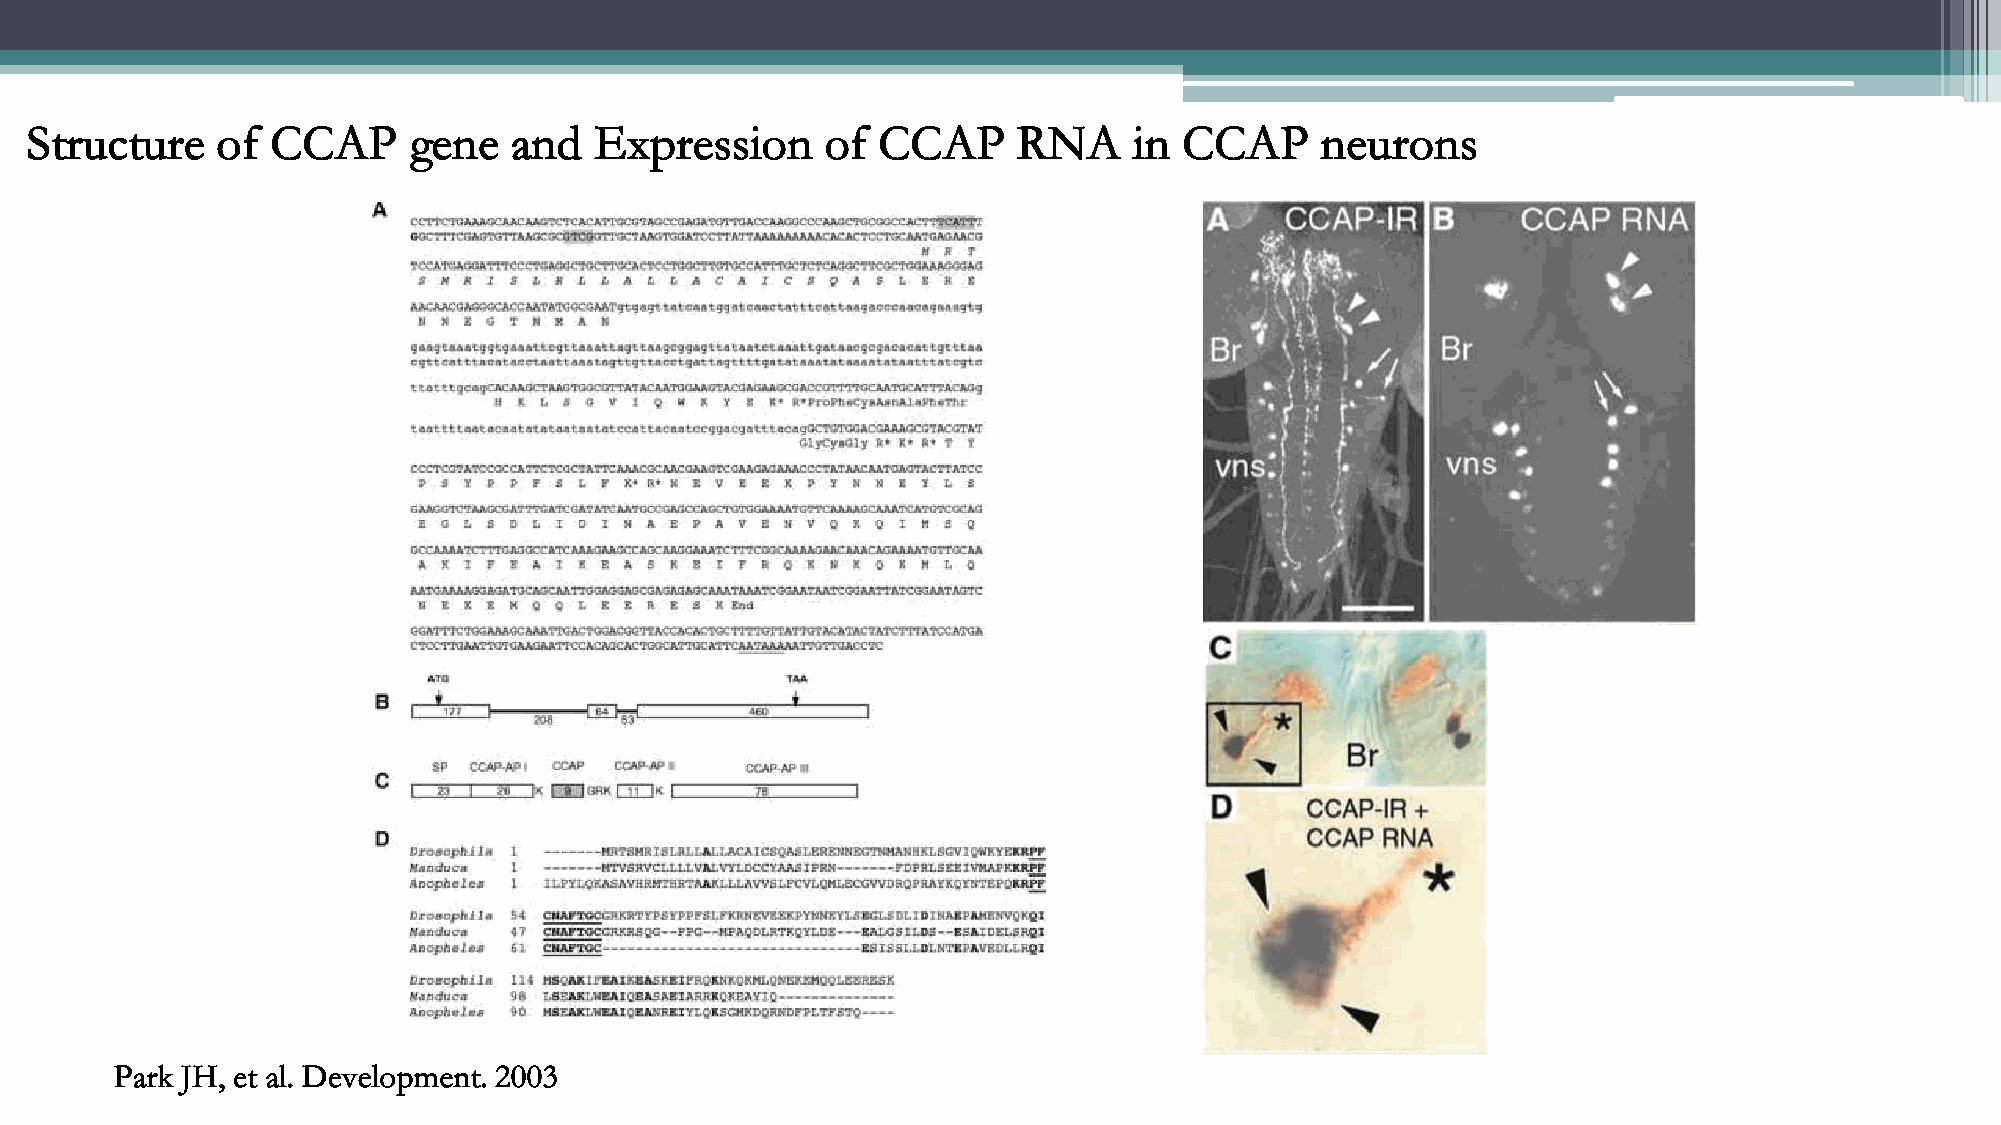
Structure   of  CCAP     gene   and  Expression      of CCAP     RNA     in CCAP     neurons
 Park JH, et al. Development. 2003